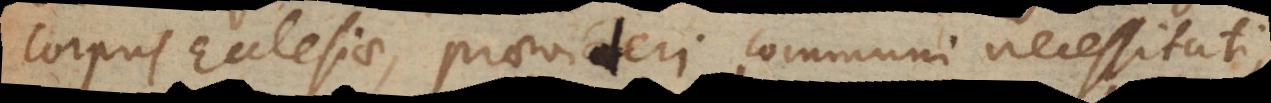
corpus Ecclesiae, praevideri communi necessitati,